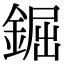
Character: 𨧱